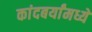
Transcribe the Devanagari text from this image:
कांदबर्यांमध्ये